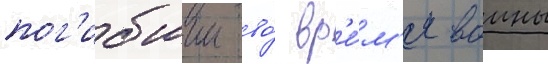
пог'ибшии во́ вр'е́м'я воины